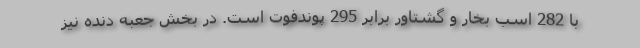
با 282 اسب بخار و گشتاور برابر 295 پوندفوت است. در بخش جعبه دنده نیز